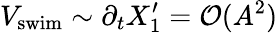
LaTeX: V_{\mathrm{swim}}\sim\partial_{t}X_{1}^{\prime}=\mathcal{O}(A^{2})